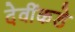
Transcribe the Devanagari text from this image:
देवींकडे